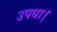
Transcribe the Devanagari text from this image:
उपधा।